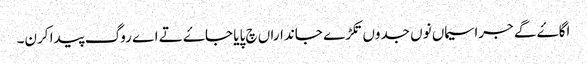
اگاۓ گے جراسیماں نوں جدوں تکڑے جانداراں چ پایا جاۓ تے اے روگ پیدا کرن۔